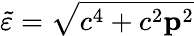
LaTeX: \tilde{\varepsilon}=\sqrt{c^{4}+c^{2}{\mathbf p}^{2}}